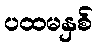
ပထမနှစ်